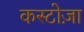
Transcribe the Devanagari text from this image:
कस्टोज़ा